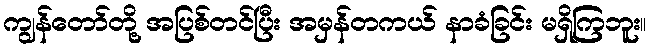
ကျွန်တော်တို့ အပြစ်တင်ပြီး အမှန်တကယ် နာခံခြင်း မရှိကြဘူး။